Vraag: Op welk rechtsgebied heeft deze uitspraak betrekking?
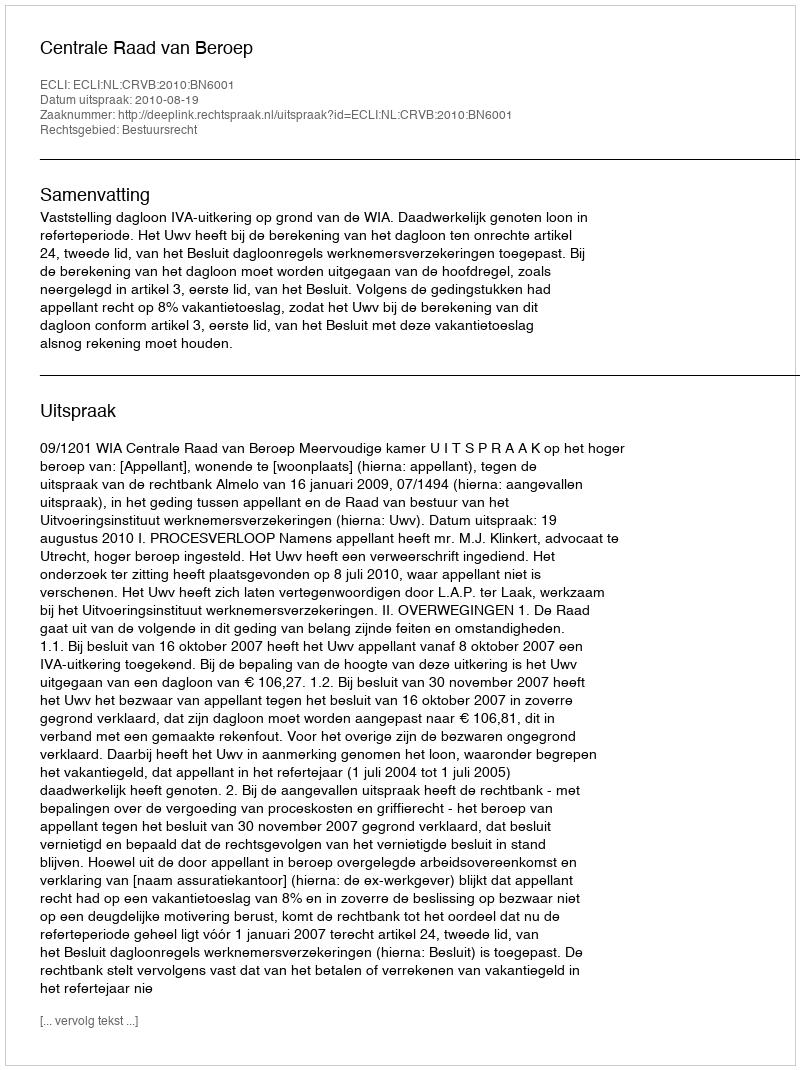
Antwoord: Bestuursrecht